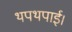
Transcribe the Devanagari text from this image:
थपथपाई।